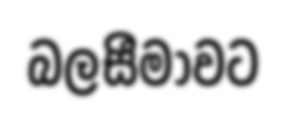
බලසීමාවට